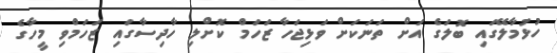
ހުޅުމާލޭގައި ބޮލަގެ އަށް ތަނަކަށް ވަޅިޖަހާ ޒަހަމް ކޮށްލި ހާދިސާގައި ޒަހަމްވި މީހާގެ